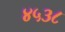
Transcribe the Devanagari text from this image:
४५३८